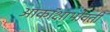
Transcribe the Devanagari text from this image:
आकांक्षाभोवती